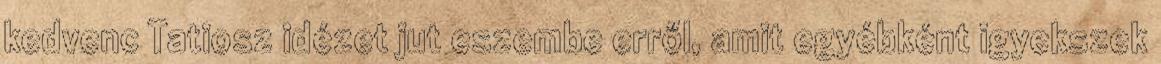
kedvenc Tatiosz idézet jut eszembe erről, amit egyébként igyekszek